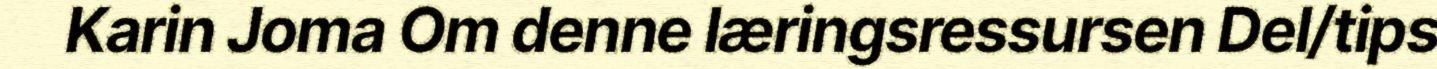
Karin Joma Om denne læringsressursen Del/tips